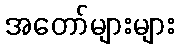
အတော်များများ